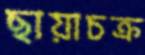
ছায়াচক্র